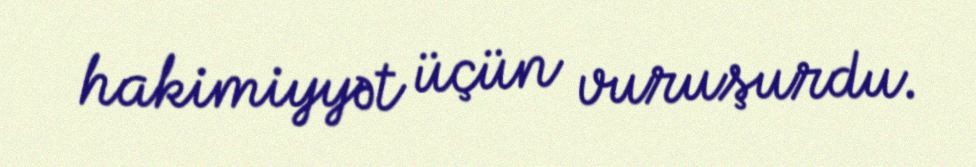
hakimiyyət üçün vuruşurdu.